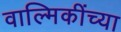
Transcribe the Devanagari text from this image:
वाल्मिकींच्या